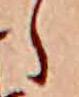
ら